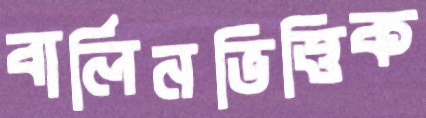
বার্লিনভিত্তিক